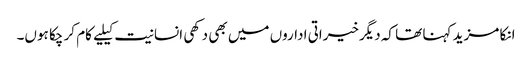
انکا مزید کہنا تھا کہ دیگرخیراتی اداروں میں بھی دکھی انسانیت کیلیے کام کر چکا ہوں۔